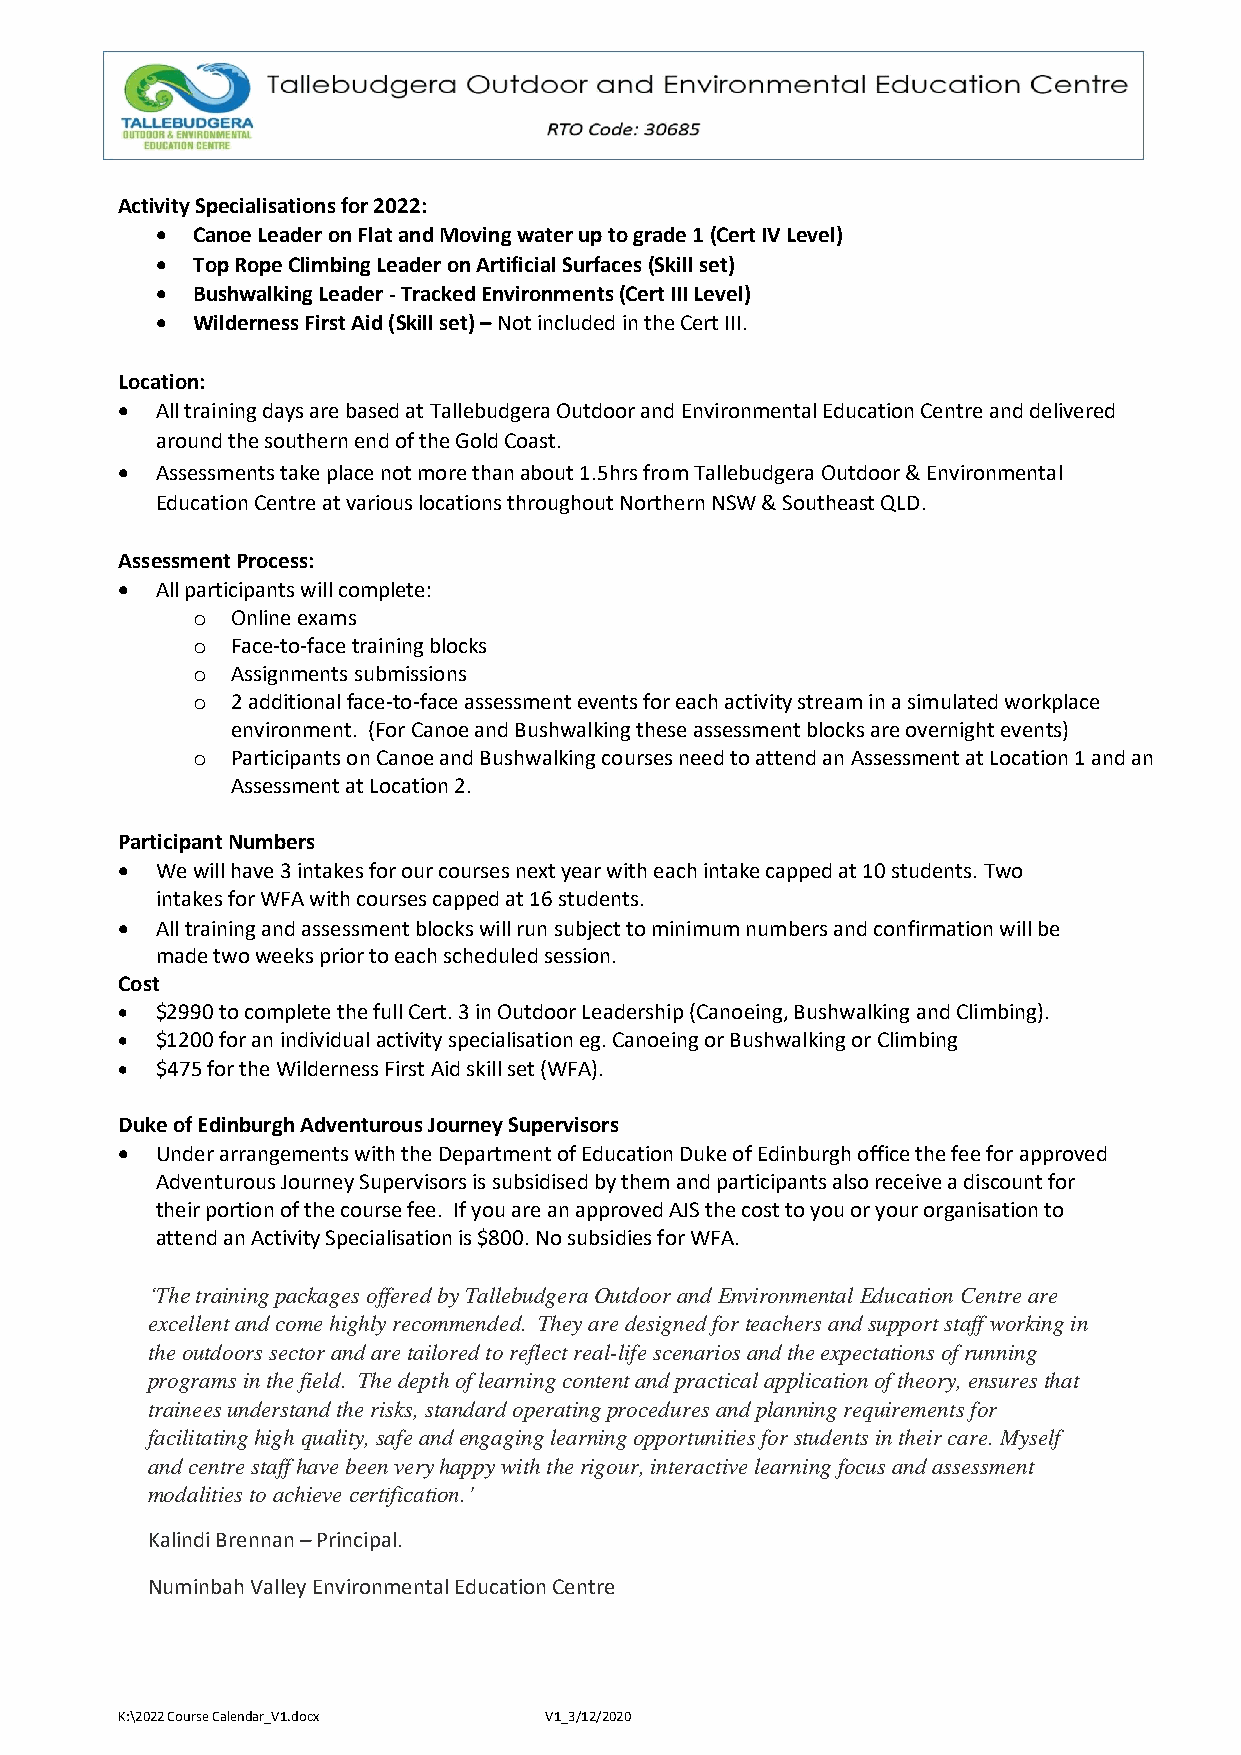
Activity Specialisations for 2022:
 •  Canoe Leader on Flat and Moving water up to grade 1 (Cert IV Level)
 •  Top Rope Climbing Leader on Artificial Surfaces (Skill set)
 •  Bushwalking Leader - Tracked Environments (Cert III Level)
 •  Wilderness First Aid (Skill set) – Not included in the Cert III.
 Location:
 • All training days are based at Tallebudgera Outdoor and Environmental Education Centre and delivered
 around the southern end of the Gold Coast.
 • Assessments take place not more than about 1.5hrs from Tallebudgera Outdoor & Environmental
 Education Centre at various locations throughout Northern NSW & Southeast QLD.
 Assessment Process:
 • All participants will complete:
 o Online exams
 o Face-to-face training blocks
 o Assignments submissions
 o 2 additional face-to-face assessment events for each activity stream in a simulated workplace
 environment. (For Canoe and Bushwalking these assessment blocks are overnight events)
 o Participants on Canoe and Bushwalking courses need to attend an Assessment at Location 1 and an
 Assessment at Location 2.
 Participant Numbers
 • We will have 3 intakes for our courses next year with each intake capped at 10 students. Two
 intakes for WFA with courses capped at 16 students.
 • All training and assessment blocks will run subject to minimum numbers and confirmation will be
 made two weeks prior to each scheduled session.
 Cost
 • $2990 to complete the full Cert. 3 in Outdoor Leadership (Canoeing, Bushwalking and Climbing).
 • $1200 for an individual activity specialisation eg. Canoeing or Bushwalking or Climbing
 • $475 for the Wilderness First Aid skill set (WFA).
 Duke of Edinburgh Adventurous Journey Supervisors
 • Under arrangements with the Department of Education Duke of Edinburgh office the fee for approved
 Adventurous Journey Supervisors is subsidised by them and participants also receive a discount for
 their portion of the course fee. If you are an approved AJS the cost to you or your organisation to
 attend an Activity Specialisation is $800. No subsidies for WFA.
 ‘The training packages offered by Tallebudgera Outdoor and Environmental Education Centre are
 excellent and come highly recommended. They are designed for teachers and support staff working in
 the outdoors sector and are tailored to reflect real-life scenarios and the expectations of running
 programs in the field. The depth of learning content and practical application of theory, ensures that
 trainees understand the risks, standard operating procedures and planning requirements for
 facilitating high quality, safe and engaging learning opportunities for students in their care. Myself
 and centre staff have been very happy with the rigour, interactive learning focus and assessment
 modalities to achieve certification.’
 Kalindi Brennan – Principal.
 Numinbah Valley Environmental Education Centre
 K:\2022 Course Calendar_V1.docx V1_3/12/2020